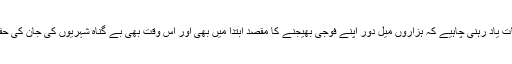
ليکن يہ بات ياد رہنی چاہيے کہ ہزاروں ميل دور اپنے فوجی بھيجنے کا مقصد ابتدا ميں بھی اور اس وقت بھی بے گناہ شہريوں کی جان کی حفاظت ہے۔